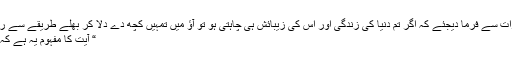
اپنی ازواج مطہرات سے فرما دیجئے کہ اگر تم دنیا کی زندگی اور اس کی زیبائش ہی چاہتی ہو تو آؤ میں تمہیں کچھ دے دلا کر بھلے طریقے سے رخصت کردوں ٭​
“ آیت کا مفہوم یہ ہے کہ اے میرے نبی !